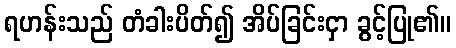
ရဟန်းသည် တံခါးပိတ်၍ အိပ်ခြင်းငှာ ခွင့်ပြု၏။